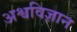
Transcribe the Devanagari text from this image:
अश्वविज्ञान